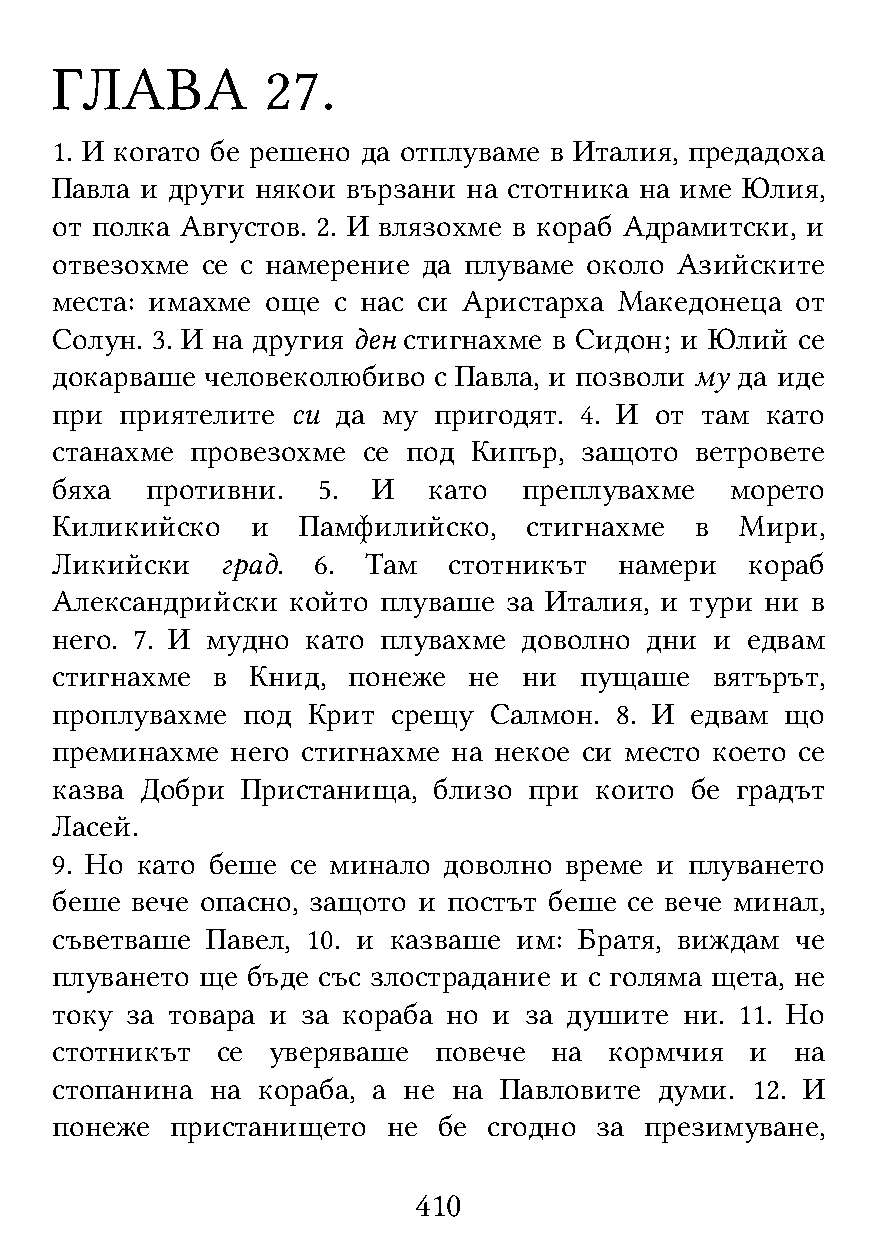
ГЛАВА          27.
 1. И когато бе решено да отплуваме в Италия, предадоха
 Павла и други някои вързани на стотника на име Юлия,
 от полка Августов. 2. И влязохме в кораб Адрамитски, и
 отвезохме се с намерение да плуваме около Азийските
 места: имахме  още с нас си Аристарха Македонеца  от
 Солун. 3. И на другия ден стигнахме в Сидон; и Юлий се
 докарваше  человеколюбиво с Павла, и позволи му да иде
 при  приятелите си да му  пригодят. 4. И от там като
 станахме  провезохме се под Кипър, защото  ветровете
 бяха   противни.  5.  И  като   преплувахме  морето
 Киликийско    и  Памфилийско,   стигнахме  в  Мири,
 Ликийски    град. 6. Там   стотникът  намери   кораб
 Александрийски  който плуваше за Италия, и тури ни в
 него. 7. И мудно като плувахме  доволно дни и едвам
 стигнахме  в  Книд, понеже  не  ни пущаше   вятърът,
 проплувахме  под Крит  срещу Салмон.  8. И едвам що
 преминахме  него стигнахме на некое си место което се
 казва Добри  Пристанища,  близо при които  бе градът
 Ласей.
 9. Но като беше се минало доволно време и  плуването
 беше  вече опасно, защото и постът беше се вече минал,
 съветваше  Павел, 10. и казваше им: Братя, виждам че
 плуването ще бъде със злострадание и с голяма щета, не
 току за товара и за кораба но и за душите ни. 11. Но
 стотникът  се  уверяваше  повече на  кормчия   и  на
 стопанина  на кораба, а не на Павловите  думи. 12. И
 понеже  пристанището   не бе сгодно за  презимуване,
 410